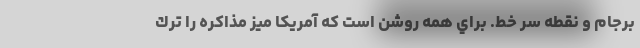
برجام و نقطه سر خط. براي همه روشن است كه آمريكا ميز مذاكره را ترك